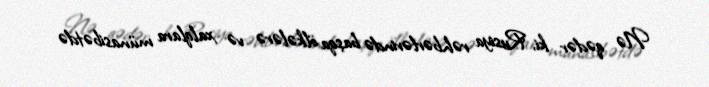
Nə qədər ki, Rusiya rəhbərlərində başqa ölkələrə və xalqlara münasibətdə